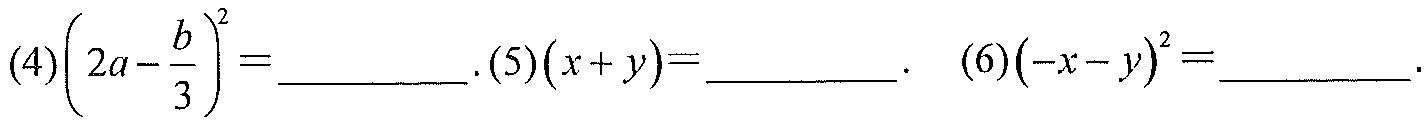
(4)$\left(2a - \dfrac{b}{3}\right)^{2}=$_________.(5)$(x + y)=$_________ . (6)$(-x - y)^{2}=$_________.